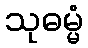
သုဓမ္မံ